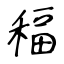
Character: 稫